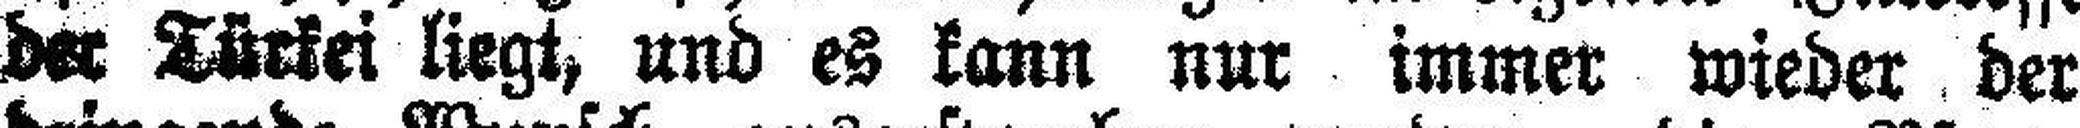
der Türkei liegt, und es kann nur immer wieder der